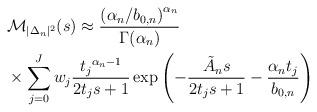
LaTeX: \begin{align*}& \mathcal{M}_{|\Delta_n|^2}(s) \approx \frac{\left({\alpha_n}/{b_{0,n}}\right)^{\alpha_n}}{\Gamma(\alpha_n)} \\& \times \sum_{j=0}^Jw_j\frac{{t_j}^{\alpha_n-1}}{2{t_j}s+1}\exp\left(-\frac{\tilde{A}_ns}{2{t_j}s+1}-\frac{\alpha_n {t_j}}{b_{0,n}}\right)\end{align*}